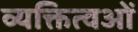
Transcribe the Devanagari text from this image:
व्यक्तित्वओं